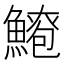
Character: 𫙫